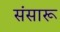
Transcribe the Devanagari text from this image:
संसारू